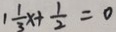
1 \frac { 1 } { 3 } x + \frac { 1 } { 2 } = 0